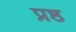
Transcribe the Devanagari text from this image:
प्रष्ठ